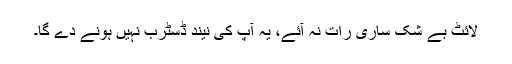
لائٹ بے شک ساری رات نہ آئے، یہ آپ کی نیند ڈسٹرب نہیں ہونے دے گا۔